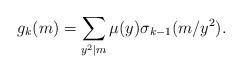
LaTeX: \begin{align*} g_k(m) = \sum_{y^2 \mid m} \mu(y) \sigma_{k-1}(m/y^2).\end{align*}